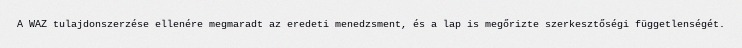
A WAZ tulajdonszerzése ellenére megmaradt az eredeti menedzsment, és a lap is megőrizte szerkesztőségi függetlenségét.